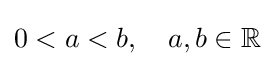
0<a<b,\quad a,b\in \mathbb {R}